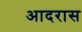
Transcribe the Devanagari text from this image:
आदरास